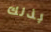
بذلك